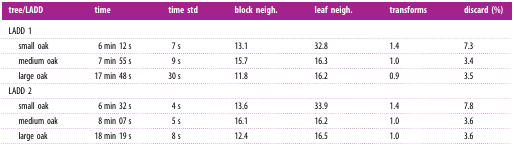
| tree/LADD | time | time std | block neigh. | leaf neigh. | transforms | discard (%) |
 | --- | --- | --- | --- | --- | --- | --- |
 | <COLSPAN=7> LADD 1 |
 | small oak | 6 min 12 s | 7 s | 13.1 | 32.8 | 1.4 | 7.3 |
 | medium oak | 7 min 55 s | 9 s | 15.7 | 16.3 | 1.0 | 3.4 |
 | large oak | 17 min 48 s | 30 s | 11.8 | 16.2 | 0.9 | 3.5 |
 | <COLSPAN=7> LADD 2 |
 | small oak | 6 min 32 s | 4 s | 13.6 | 33.9 | 1.4 | 7.8 |
 | medium oak | 8 min 07 s | 5 s | 16.1 | 16.2 | 1.0 | 3.6 |
 | large oak | 18 min 19 s | 8 s | 12.4 | 16.5 | 1.0 | 3.6 |